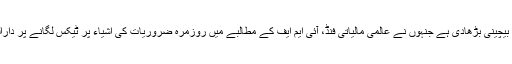
یادرہے کہ اُردن کے حالیہ معاشی بحران اور مہنگائی نے عوام میں بیچینی بڑھادی ہے جنہوں نے عالمی مالیاتی فنڈ، آئی ایم ایف کے مطالبے میں روزمرہ ضروریات کی اشیاء پر ٹیکس لگانے پر دارالحکومت عمان سمیت دیگر شہروں میں احتجاجی مظاہرے کیے ہیں۔